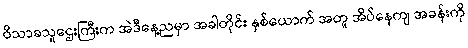
ဝိသာခသူဌေးကြီးက အဲဒီနေ့ညမှာ အခါတိုင်း နှစ်ယောက် အတူ အိပ်နေကျ အခန်းကို